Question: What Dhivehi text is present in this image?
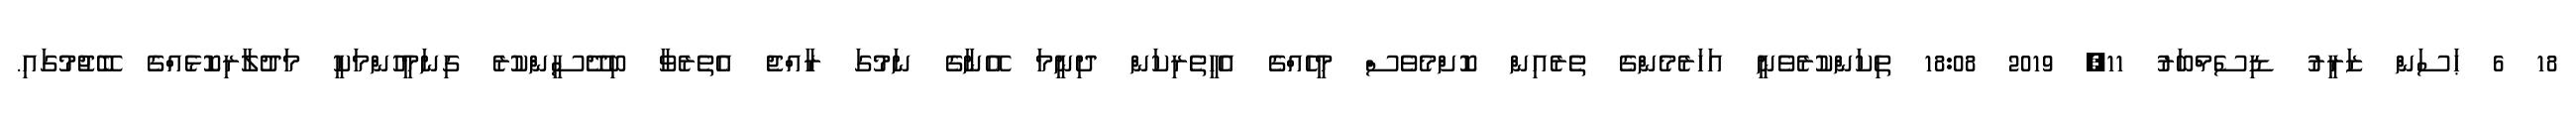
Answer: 18 6 ޙަސަން ޒަރީރު ޑިސެމްބަރު 11, 2019 18:08 ތިކަންކުރެވެނީ އަހަރެމެންގެ ތެރެއިން ކޮށްމެވެސް މީހެއްގެ އެހީތެރިކަން ދިނީމަ އޭނާގެ ނަމުގަ ރާއްޖެ އެތެރެވާ ބިދޭސީންކުރެ ގިނަމީހުންމަކީ މަދުލާރިކޮޅެއްގެ ބޭޖުމުގައި.